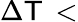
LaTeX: \Delta\mathsf{T}\, <